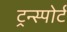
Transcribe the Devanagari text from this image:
ट्रन्स्पोर्ट